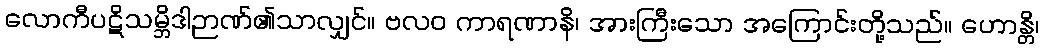
လောကီပဋိသမ္ဘိဒါဉာဏ်၏သာလျှင်။ ဗလဝ ကာရဏာနိ၊ အားကြီးသော အကြောင်းတို့သည်။ ဟောန္တိ၊